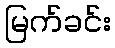
မြက်ခင်း